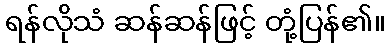
ရန်လိုသံ ဆန်ဆန်ဖြင့် တုံ့ပြန်၏။